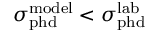
\sigma _ { \mathrm { { p h d } } } ^ { \mathrm { { m o d e l } } } < \sigma _ { \mathrm { { p h d } } } ^ { \mathrm { { l a b } } }